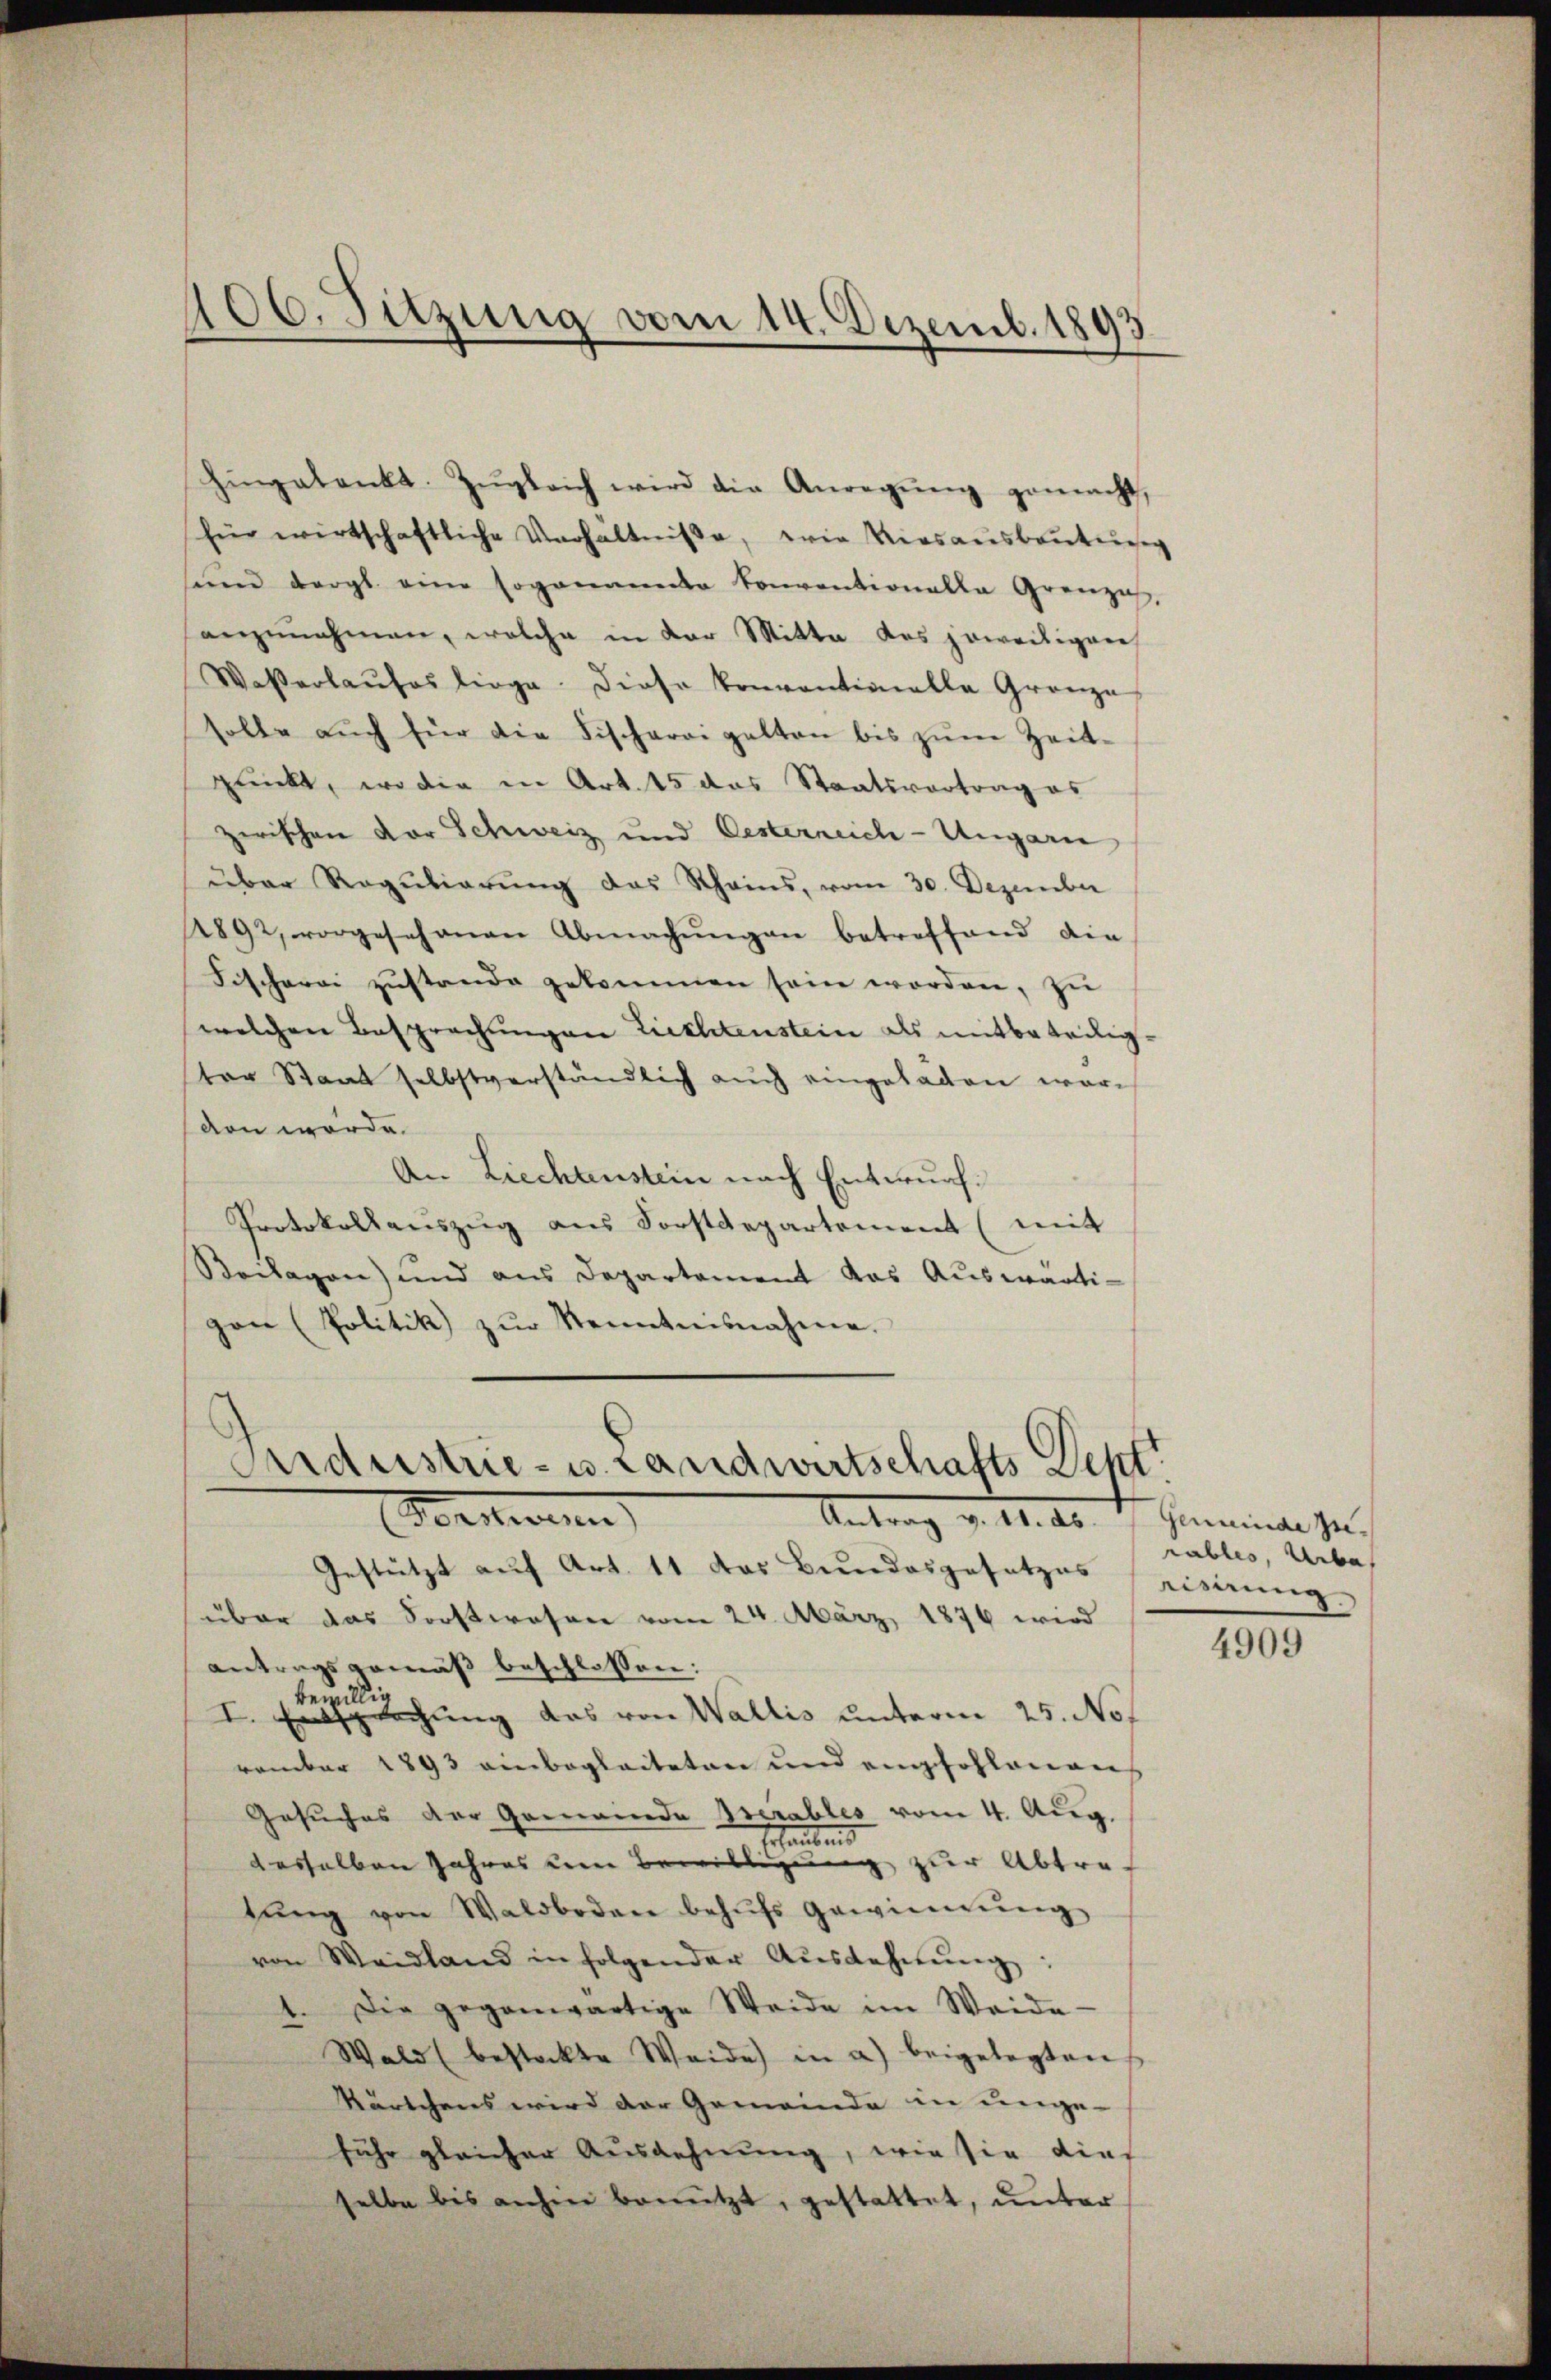
406. Sitzung vom 14. Dezemb. 1893

Hingetankt. Zŭgleich wird die Anregŭng gemacht,
für wirtschaftliche Verhältniße, wie Kiesaŭsbaŭtŭng
sund dergl. eine soganando Conventionalla Grenze,
anzunehmen, welche in der Mitte des jeweiligen
Wasserhaŭses liege. Diese konventionelle Gränze
solle aŭch für die Fischereigelten bis zŭm Zeit-
punkt, wo die in Art. 15 das Staatsvertrag es
zwischen vor Schweiz und Oesterreich-Ungarn
über Regulierung des Rheins, vom 30. Dezember
2892, vorgeschonen Abmachŭngen betreffend die
Fischerei zŭstande gekommen sein worden, zŭ
welchen Besprechungen Lichtenstein als mitbeteiligter Staat selbstverständlich auch eingeladen wäre
den werde.
An Liechtenstein nach Entwurf.
Protokollauszug aus Forstdepartement (mit
Beilagen) und aus Departement das Auswärtigan (Politik zŭr Kenntnisnahme.

Ondustrie- u. Landwirtschafts Dept.
ersterinn
Antrag d. 11. 20.

Gestützt auf Art. 11 das Bundesgesetzes einung.
über das Forstwesen vom 24. März 1876 wird
antragsgemäß beschlossen:
bewillig
I. Entsprechung das von Wallis unterm 25. No
vember 1893 einbegleiteten und empfohlenen
Gesuches der Gemeinde Iserables vom 4. Aug.
Erlauben
desselben Jahres dem Bewilligung zur Abtretŭng von Waldboden behŭfs gewinnŭng
von Weidland in folgender Ausdehnung:
1. Die gegenwärtige Weide im Weide-
Wald (bestockte Weide in a) beigelegten
Kärtchens wird der Gemeinde in unge-
fuhr gleicher Ausdehnung, wie sie dies
selbe bis anhin benützt, gestattet, unter

Gemeinde zu
rables, Urba

4909